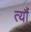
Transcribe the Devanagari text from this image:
त्यौं